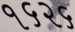
૧૬૨૬